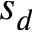
s _ { d }